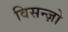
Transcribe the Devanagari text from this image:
विसन्ज़ो